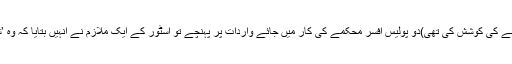
( جارج فلائیڈ نے اُس اسٹور سے بیس ڈالر کا مبیّنہ طور پرجعلی نوٹ دے کر سگریٹ خریدنے کی کوشش کی تھی)دو پولیس افسر محکمے کی کار میں جائے واردات پر پہنچے تو اسٹور کے ایک ملازم نے انہیں بتایا کہ وہ ’شخص ‘ قریب کھڑی ایک کار میں بیٹھاہے اور جارج فلائیڈ کی اشارے سے نشاندہی کر دی۔